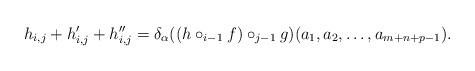
LaTeX: \begin{align*} h_{i,j} + h'_{i,j} + h''_{i,j} = \delta_\alpha ( (h \circ_{i-1} f) \circ_{j-1} g) (a_1, a_2, \ldots, a_{m+n+p-1}).\end{align*}